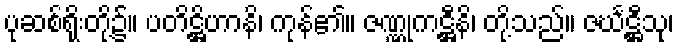
ပုဆစ်ရိုးတို့၌။ ပတိဋ္ဌိဟာနိ၊ ကုန်၏။ ဇဏ္ဏုကဋ္ဌီနိ၊ တို့သည်။ ဇင်္ဃဋ္ဌီသု၊